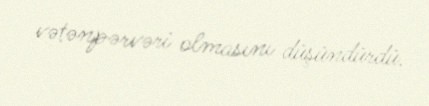
vətənpərvəri olmasını düşündürdü.